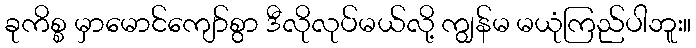
ခုကိစ္စ မှာမောင်ကျော်စွာ ဒီလိုလုပ်မယ်လို့ ကျွန်မ မယုံကြည်ပါဘူး။